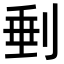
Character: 𠝶